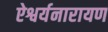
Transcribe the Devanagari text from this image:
ऐश्वर्यनारायण